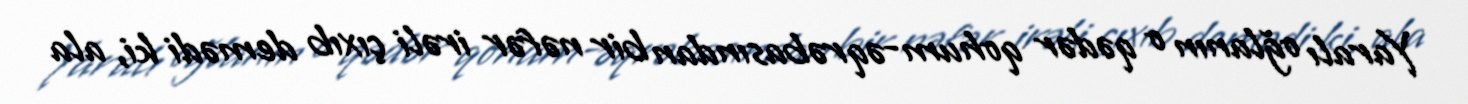
Yaralı oğlanın o qədər qohum-əqrəbasından bir nəfər irəli çıxıb demədi ki, ala